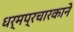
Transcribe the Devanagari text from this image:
धर्मप्रचारकाने